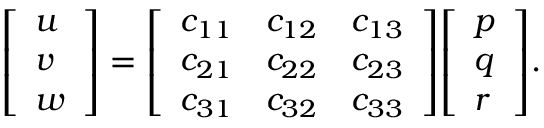
{ \left[ \begin{array} { l } { u } \\ { v } \\ { w } \end{array} \right] } = { \left[ \begin{array} { l l l } { c _ { 1 1 } } & { c _ { 1 2 } } & { c _ { 1 3 } } \\ { c _ { 2 1 } } & { c _ { 2 2 } } & { c _ { 2 3 } } \\ { c _ { 3 1 } } & { c _ { 3 2 } } & { c _ { 3 3 } } \end{array} \right] } { \left[ \begin{array} { l } { p } \\ { q } \\ { r } \end{array} \right] } .